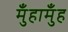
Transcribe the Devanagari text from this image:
मुँहामुँह